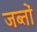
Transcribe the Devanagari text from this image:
जब्तों